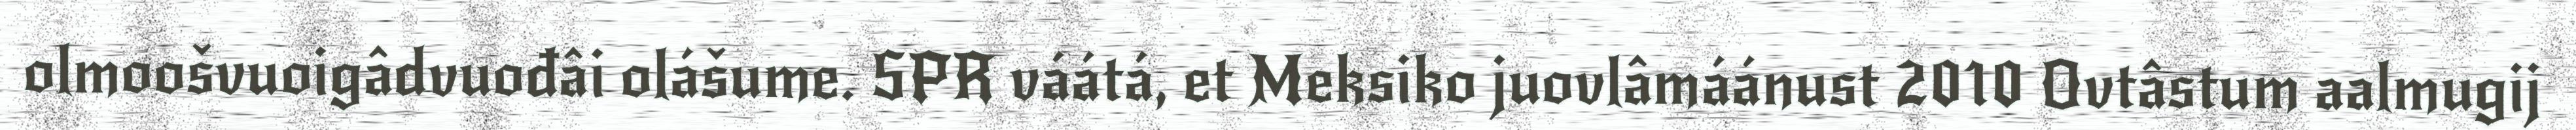
olmoošvuoigâdvuođâi olášume. SPR váátá, et Meksiko juovlâmáánust 2010 Ovtâstum aalmugij